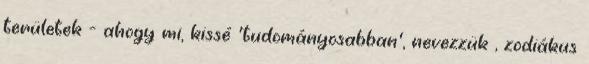
területek - ahogy mi, kissé 'tudományosabban', nevezzük , zodiákus